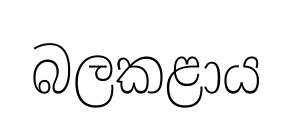
බලකළාය